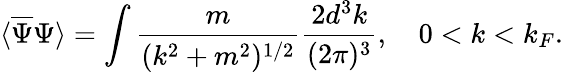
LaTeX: \langle{\overline{{\Psi}}}\Psi\rangle=\int{\frac{m}{(k^{2}+m^{2})^{1/2}}}{\frac{2d^{3}k}{(2\pi)^{3}}},\quad 0<k<k_{F}.